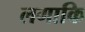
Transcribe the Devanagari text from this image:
लगाकि